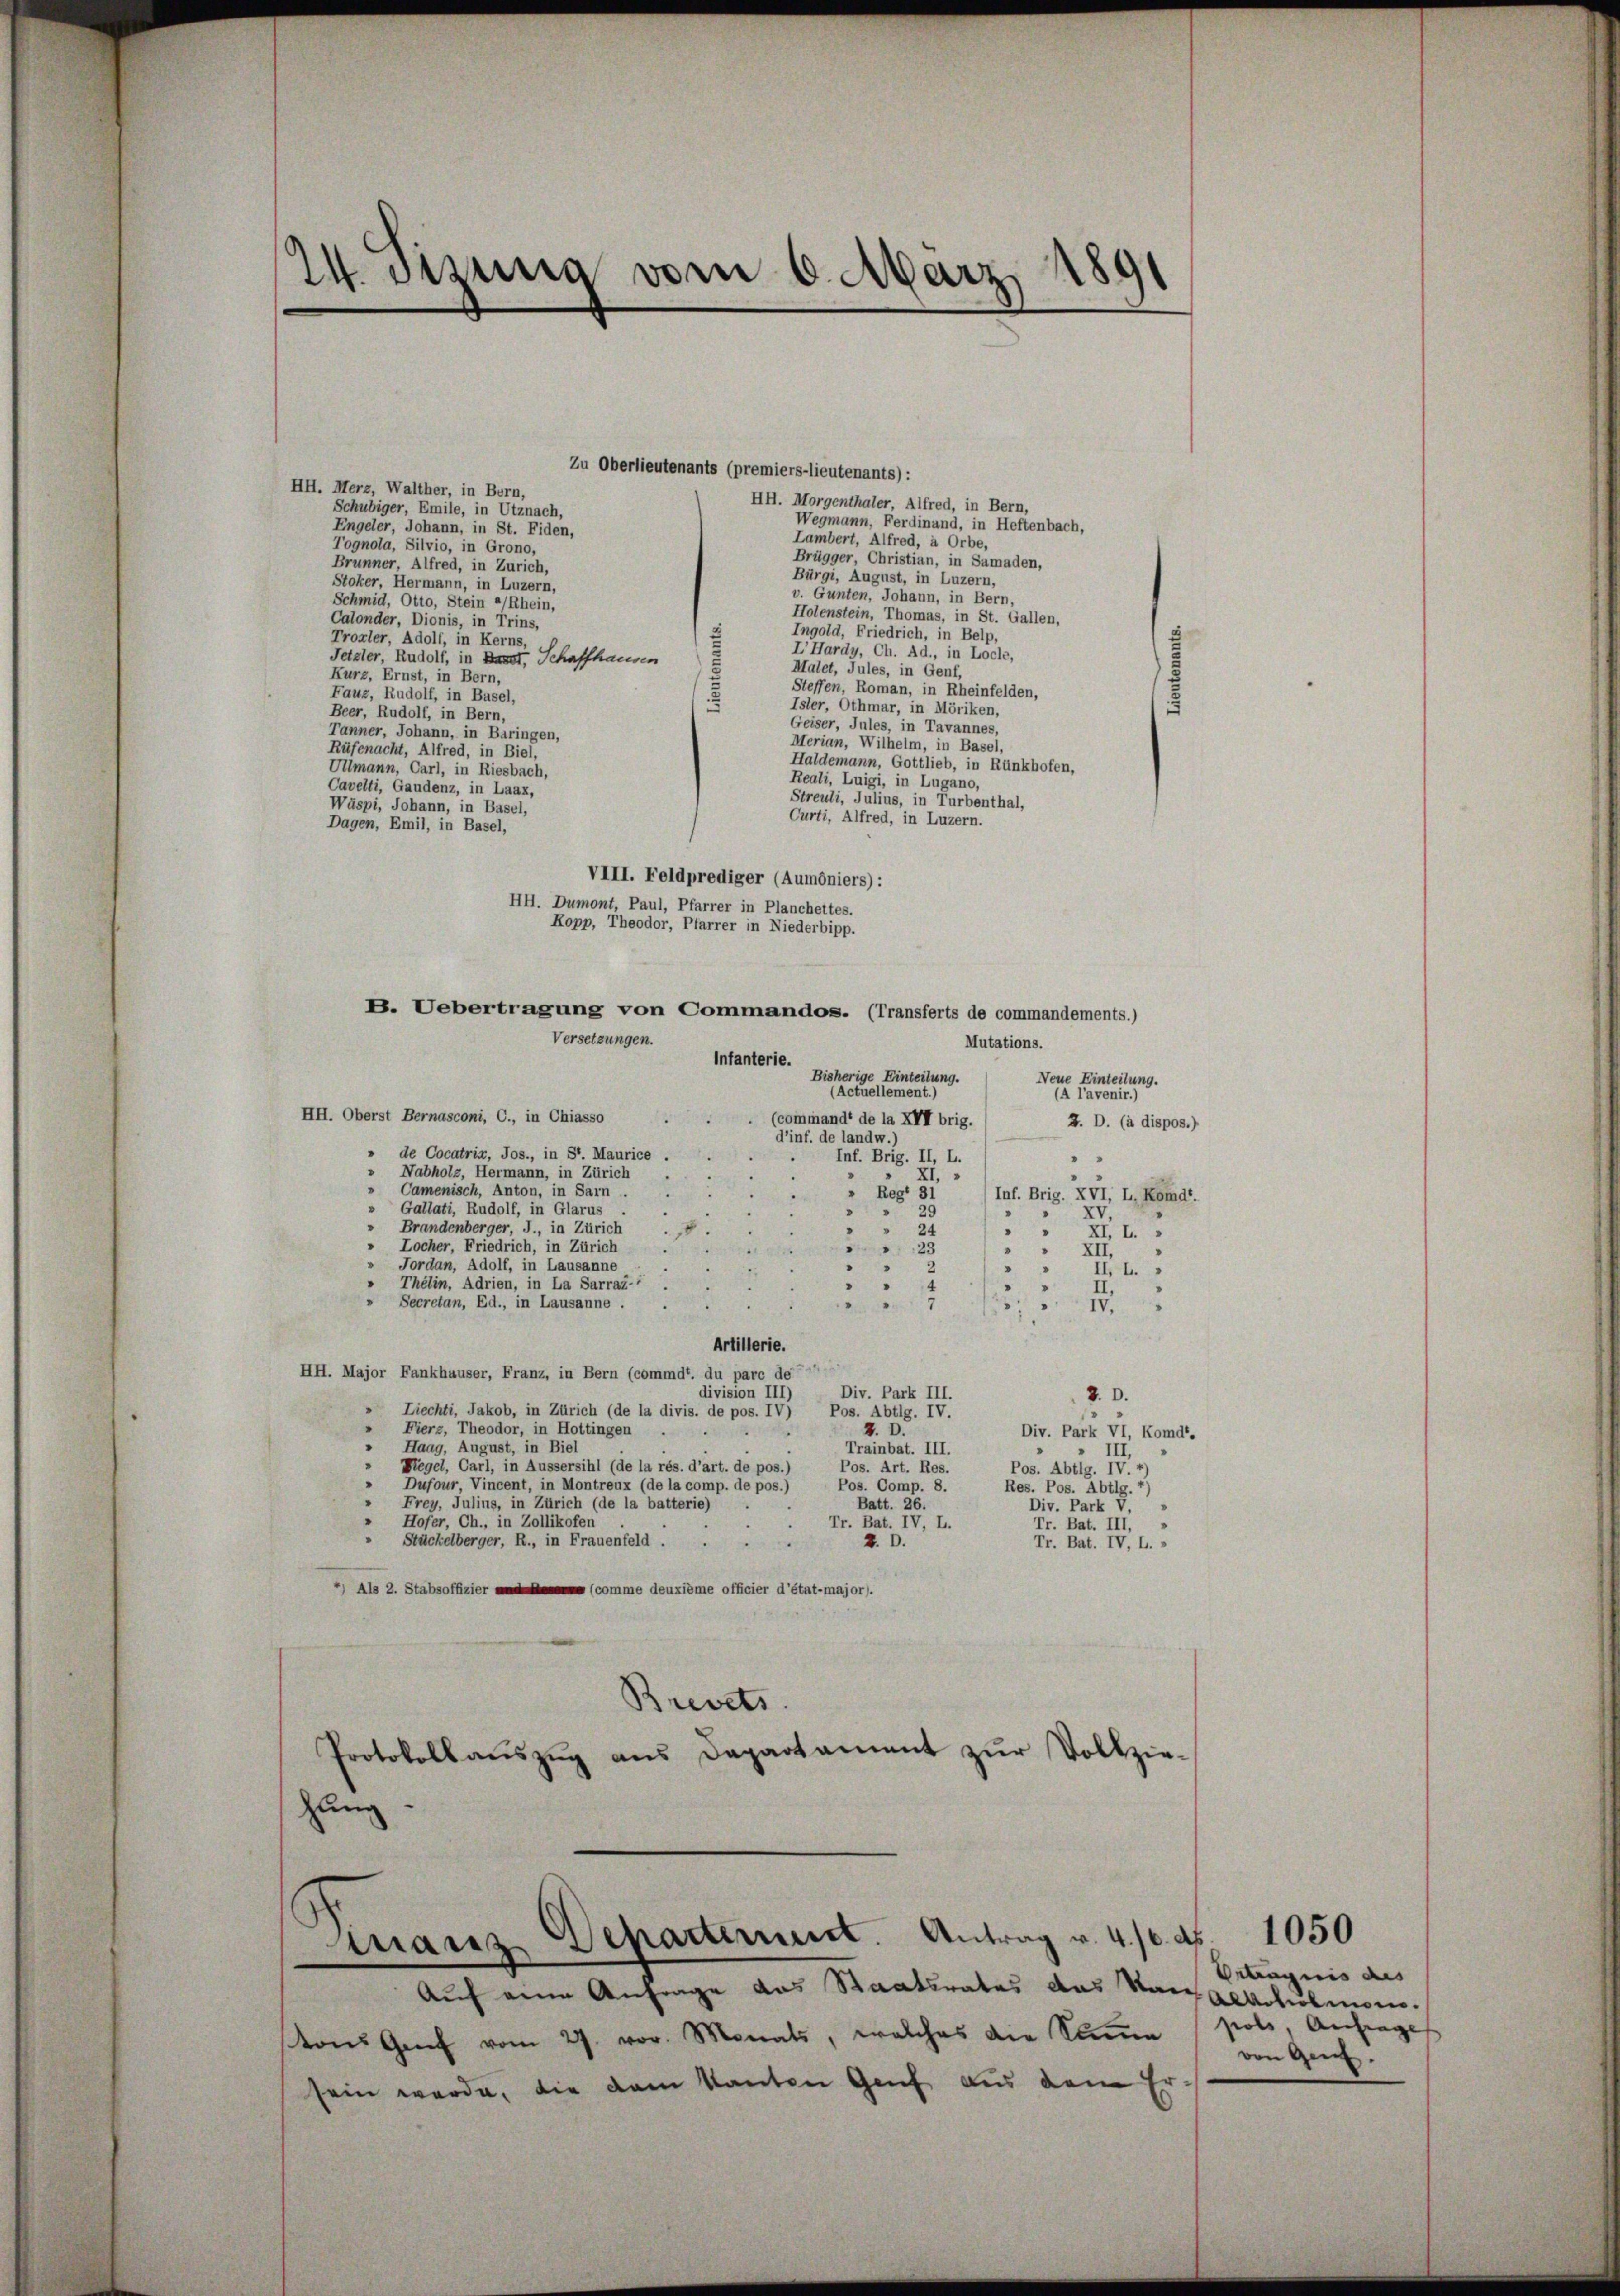
Zu Oberlieutenants (premiers-lieutenants):
HH. Merz, Walther, in Bern,
HH. Morgenthaler, Alfred, in Bern,
Schubiger, Emile, in Utznach,
Wegmann, Ferdinand, in Heftenbach,
Engeler, Johann, in St. Fiden,
Lambert, Alfred, à Orbe,
Tognola, Silvio, in Grono,
Brügger, Christian, in Samaden,
Brunner, Alfred, in Zürich,
Bürgi, August, in Luzern,
Stoker, Hermann, in Luzern,
v. Gunten, Johann, in Bern,
Schmid, Otto, Stein a/Rhein,
Holenstein, Thomas, in St. Gallen,
Calonder, Dionis, in Trins,
Ingold, Friedrich, in Belp,
Troxler, Adolf, in Kerns,
LHardy, Ch. Ad., in Locle,
Tetzler, Rudolf, in Basst, Schaffhausen
Malet, Jules, in Genf,
Kurz, Ernst, in Bern,
Steffen, Roman, in Rheinfelden,
Fauz, Rudolf, in Basel,
Isler, Othmar, in Möriken,
Beer, Rudolf, in Bern,
Geiser, Jules, in Tavannes,
Tanner, Johann, in Baringen,
Merian, Wilhelm, in Basel,
Rüfenacht, Alfred, in Biel,
Haldemann, Gottlieb, in Rünkhofen,
Ulmann, Carl, in Riesbach,
Reali, Luigi, in Lugano,
Cavelti, Gaudenz, in Laax,
Streuli, Julius, in Turbenthal,
Wäspi, Johann, in Basel,
Curti, Alfred, in Luzern.
Dagen, Emil, in Basel,
VIII. Feldprediger (Aumoniers):
HH. Dumont, Paul, Pfarrer in Planchettes.
Kopp, Theodor, Pfarrer in Niederbipp.
B. Uebertragung von Commandos. (Transferts de commandements.)
Versetzungen.
Mutations.
Infanterie.
Bisherige Einteilung.
Neue Einteilung.
(Actuellement.)
(A l’avenir.
HH. Oberst Bernasconi, C., in Chiasso
(command de la XVI brig.
J. D. (à dispos.)
d’inf. de landw.)
» de Cocatrix, Jos., in St. Maurice .
Inf. Brig. II, L.
"
» Nabholz, Hermann, in Zürich
d
 XI.
Camenisch, Anton, in Sarn.
" Reg. 31
Inf. Brig. XVI, L, Kömdt.
2
Gallati, Rudolf, in Glarus
29
.
d
XV.
" Brandenberger, J., in Zürich
" " 24
8
"
XII.
» Locher, Friedrich, in Zürich
23
a
.
XII.
» Jordan, Adolf, in Lausanne
“
2
.

25
Thelin, Adrien, in La Sarraz- .
4
II.
" Secretan, Ed., in Lausanne.
2
IV.
Artillerie.
HH. Major Fankhauser, Franz, in Bern (commdt. du parc de
division III)
Div. Park III.
2.D.
» Liechti, Jakob, in Zürich (de la divis. de pos. IV) Pos. Abtlg. IV.
"
Fierz, Theodor, in Hottingen
. D.
Div. Park VI, Komdt.
" Haag, August, in Biel
Trainbat. III.
 III,
Regel, Carl, in Aussersihl (de la rés. d’art. de pos.)
Pos. Art. Res.
Pos. Abtlg. IV. 4
Dufour, Vincent, in Montreux (de la comp. de pos.)
Pos. Comp. 8.
Res. Pos. Abtlg. *)
“ Frey, Julius, in Zürich (de la batterie)
Batt. 26.
Div. Park V,
Hofer, Ch., in Zollikofen
Tr. Bat. IV, L.
Tr. Bat. III,
Stückelberger, R., in Frauenfeld . .
. D.
Tr. Bat. IV, L. »
) Als 2. Stabsoffizier comme deuxième officier d’état-major).
Brevets.
Protokollaŭszŭg ans Departament zŭr Vollzie-
hung

24. Sizung vom 6. März 1891

Franz Departement. Antrag v. 4.10. d. 1050

Auf eine Anfrage das Staatsrates das Rangeschelmorvon Genf vom 24. vor. Monats, welches die Sama poli, Anfrage
sein werde, die dem kanten Genf aus dem Er-

Ortragnis aus
von Genf.